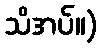
သိအပ်။)